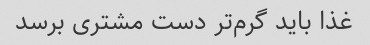
غذا باید گرم‌تر دست مشتری برسد